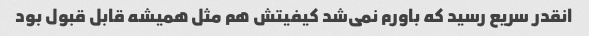
انقدر سریع رسید که باورم نمی‌شد کیفیتش هم مثل همیشه قابل قبول بود